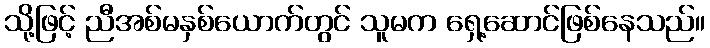
သို့ဖြင့် ညီအစ်မနှစ်ယောက်တွင် သူမက ရှေ့ဆောင်ဖြစ်နေသည်။